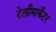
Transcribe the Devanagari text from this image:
टेलीमार्केटर